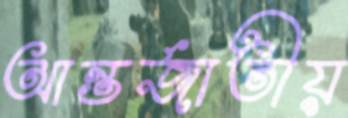
আন্তর্জাতীয়